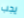
يجب